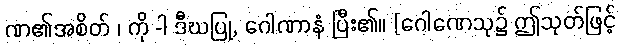
ဏ၏အစိတ် ၊ ကို -ါ ဒီဃပြု, ဂေါဏာနံ ပြီး၏။ [ဂေါဏေသု၌ ဤသုတ်ဖြင့်